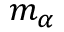
m _ { \alpha }